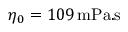
\eta _ { 0 } = 1 0 9 \, \mathrm { { m P a . s } }